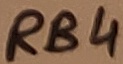
Text: RB4